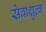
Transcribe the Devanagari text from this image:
सेवाशुल्क